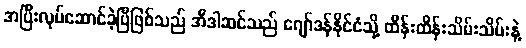
အပြီးလုပ်ဆောင်ခဲ့ပြီဖြစ်သည် အီဒါဆင်သည် ဂျော်ဒန်နိုင်ငံသို့ ထိန်းထိန်းသိမ်းသိမ်းနဲ့